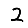
Digit: 2